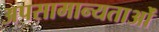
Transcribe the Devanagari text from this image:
अपसामान्यताओं